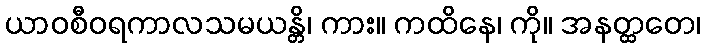
ယာဝစီဝရကာလသမယန္တိ၊ ကား။ ကထိနေ၊ ကို။ အနတ္ထတေ၊